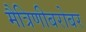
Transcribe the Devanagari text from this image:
मैत्रिणीबरोबर